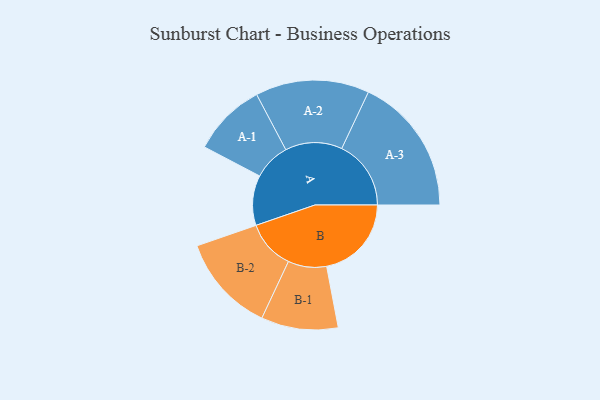
{"axis": {"x": "Segment", "y": "Value"}, "legend": ["", "A", "B"], "data": [{"x": "A", "y": 190, "type": ""}, {"x": "B", "y": 322, "type": ""}, {"x": "A-1", "y": 140, "type": "A"}, {"x": "A-2", "y": 216, "type": "A"}, {"x": "A-3", "y": 263, "type": "A"}, {"x": "B-1", "y": 146, "type": "B"}, {"x": "B-2", "y": 186, "type": "B"}]}